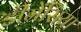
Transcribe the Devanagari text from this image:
डीमेंसिया